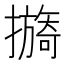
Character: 𢷔